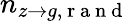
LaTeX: n_{z\to g,\mathrm{~r~a~n~d~}}